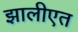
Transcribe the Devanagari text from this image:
झालीएत